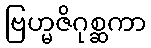
ဗြဟ္မဇိဂုစ္ဆကာ